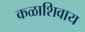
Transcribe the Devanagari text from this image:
कळाशिवाय